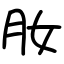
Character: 肗